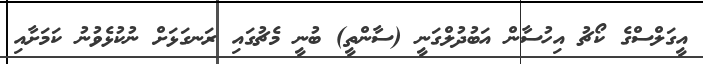
އީގަލްސްގެ ކޯޗު އިހުސާން އަބުދުލްގަނީ (ސާންތީ) ބުނީ މެޗުގައި ރަނގަޅަށް ނުކުޅެވުނު ކަމަށާއި